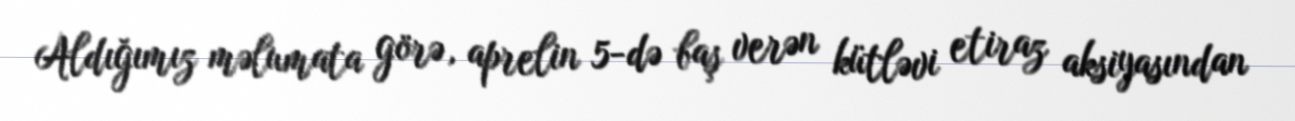
Aldığımız məlumata görə, aprelin 5-də baş verən kütləvi etiraz aksiyasından